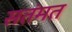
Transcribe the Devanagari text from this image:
सतंमत